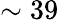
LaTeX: \sim 39